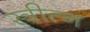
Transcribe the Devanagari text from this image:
स्त्रीत्न